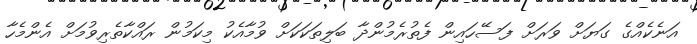
އަނެކެއްގެ ގަޔަށް ވަރަށް ފަސޭހައިން ފެތުރެމުންދާ ބަލިތަކަކަށް ވުމާއެކު މިކަމުން ރައްކާތެރިވުމަށް އެންމެހާ